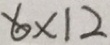
6 \times 1 2